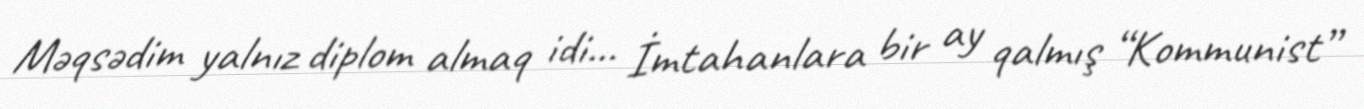
Məqsədim yalnız diplom almaq idi... İmtahanlara bir ay qalmış “Kommunist”